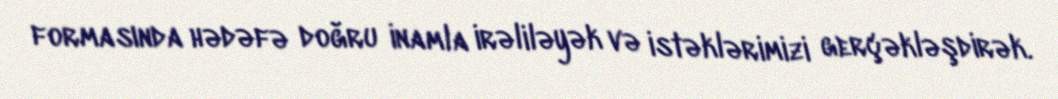
formasında hədəfə doğru inamla irəliləyək və istəklərimizi gerçəkləşdirək.